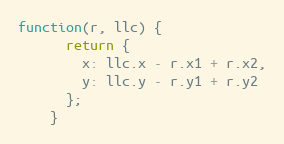
Language: JavaScript
function(r, llc) {
      return {
        x: llc.x - r.x1 + r.x2,
        y: llc.y - r.y1 + r.y2
      };
    }